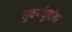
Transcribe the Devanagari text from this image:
सुवर्णदुर्गावर